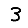
Digit: 3